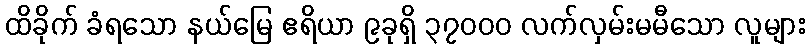
ထိခိုက် ခံရသော နယ်မြေ ဧရိယာ ၉ခုရှိ ၃၇၀၀၀ လက်လှမ်းမမီသော လူများ